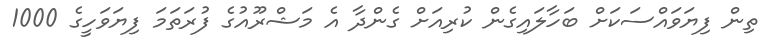
ތިން ފިޔަވައްސަކަށް ބަހާލައިގެން ކުރިއަށް ގެންދާ އެ މަޝްރޫއުގެ ފުރަތަމަ ފިޔަވަހީގެ 1000